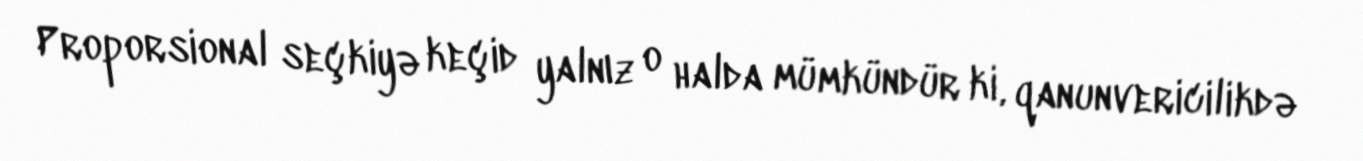
Proporsional seçkiyə keçid yalnız o halda mümkündür ki, qanunvericilikdə